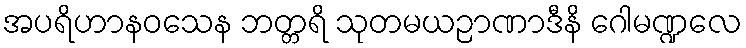
အပရိဟာနဝသေန ဘတ္တရိ သုတမယဉာဏာဒီနိ ဂေါမဏ္ဍလေ